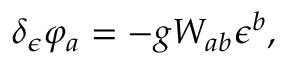
\delta _ { \epsilon } \varphi _ { a } = - g W _ { a b } \epsilon ^ { b } ,